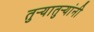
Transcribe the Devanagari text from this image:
तुऱ्यातुऱ्यांनी